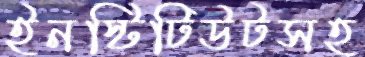
ইনস্টিটিউটসহ